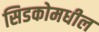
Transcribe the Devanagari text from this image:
सिडकोमधील